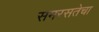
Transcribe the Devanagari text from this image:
समरसतेचा